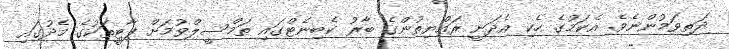
ދަތިވަމުންނެވެ. އެކަމުގެ ހެކި އެދަނީ ރައްޔިތުންގެ ބާރު ކެބިނެޓްގައި ތަމްސީލްވުމަށް ޕާޓީތަކުގެ މެދުގައި